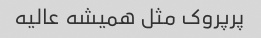
پرپروک مثل همیشه عالیه